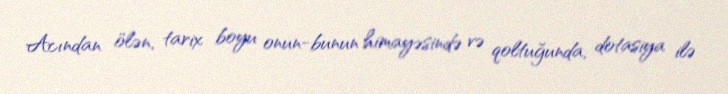
Acından ölən, tarix boyu onun-bunun himayəsində və qoltuğunda, dotasiya ilə